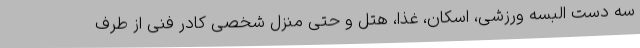
سه دست البسه ورزشی، اسکان، غذا، هتل و حتی منزل شخصی کادر فنی از طرف